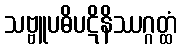
သဗ္ဗူပဓိပဋိနိဿဂ္ဂတ္ထံ